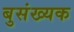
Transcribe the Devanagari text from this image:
बुसंख्यक